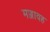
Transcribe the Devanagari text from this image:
मज्जावह